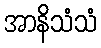
အာနိသံသံ